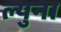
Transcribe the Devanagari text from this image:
ल्युना